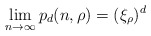
\begin{align*} \lim_{n \to \infty} p_d(n, \rho) = (\xi_\rho)^d\end{align*}